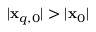
| \mathbf { x } _ { q , 0 } | > | \mathbf { x } _ { 0 } |